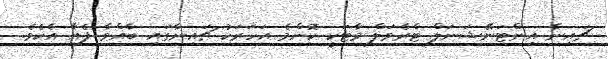
ޗައިނާ އިންޓަނޭޝަނަލް ޓްރެވަލް މާޓަކީ ކޮންމެ އަހަރަކު ޗައިނާގައި ބާއްވާ ފެއާ އެކެވެ.